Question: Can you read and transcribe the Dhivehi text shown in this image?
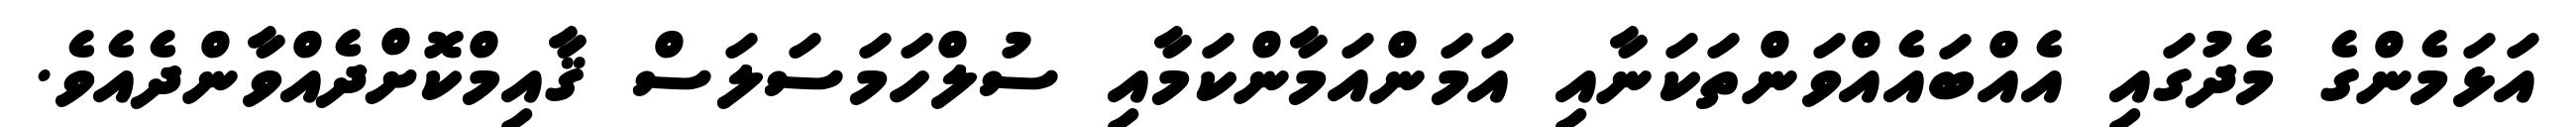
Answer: އަޅަމެންގެ މެދުގައި އެއްބައެއްވަންތަކަނާއި އަމަންއަމާންކަމާއި ސުލްހަމަސަލަސް ޤާއިމްކޮށްދެއްވާންދެއެވެ.